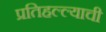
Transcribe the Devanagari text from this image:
प्रतिहल्ल्याची